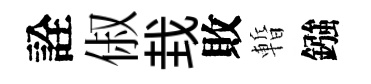
詮俶㘽敗暫鏹